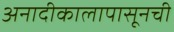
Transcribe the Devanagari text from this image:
अनादीकालापासूनची